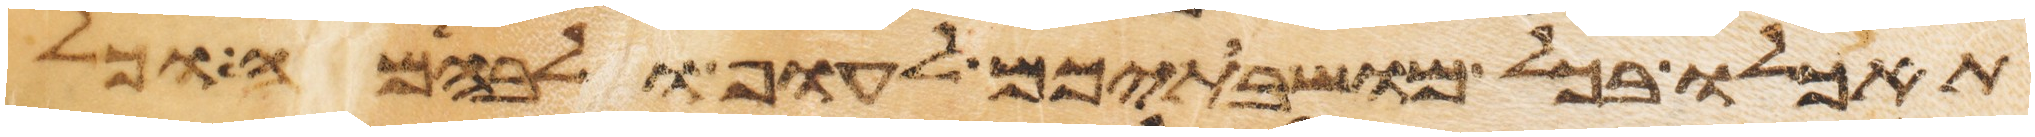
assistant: תאכלו בכל מושבתיכם לעוף ולבהמה וכל